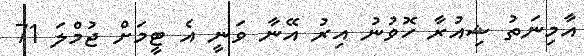
އާމިނަތު ޝިއުރާ ހޮވުނު އިރު އޭނާ ވަނީ އެ ޓީމަށް ޖުމްލަ 71